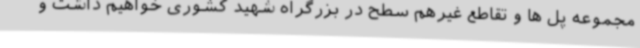
مجموعه پل ها و تقاطع غیرهم سطح در بزرگراه شهید کشوری خواهیم داشت و